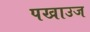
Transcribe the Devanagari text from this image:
पखाउज